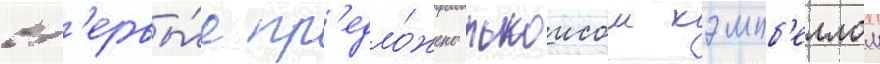
вп'ервы́е пр'едло́жено льюисом кэмпб'еллом